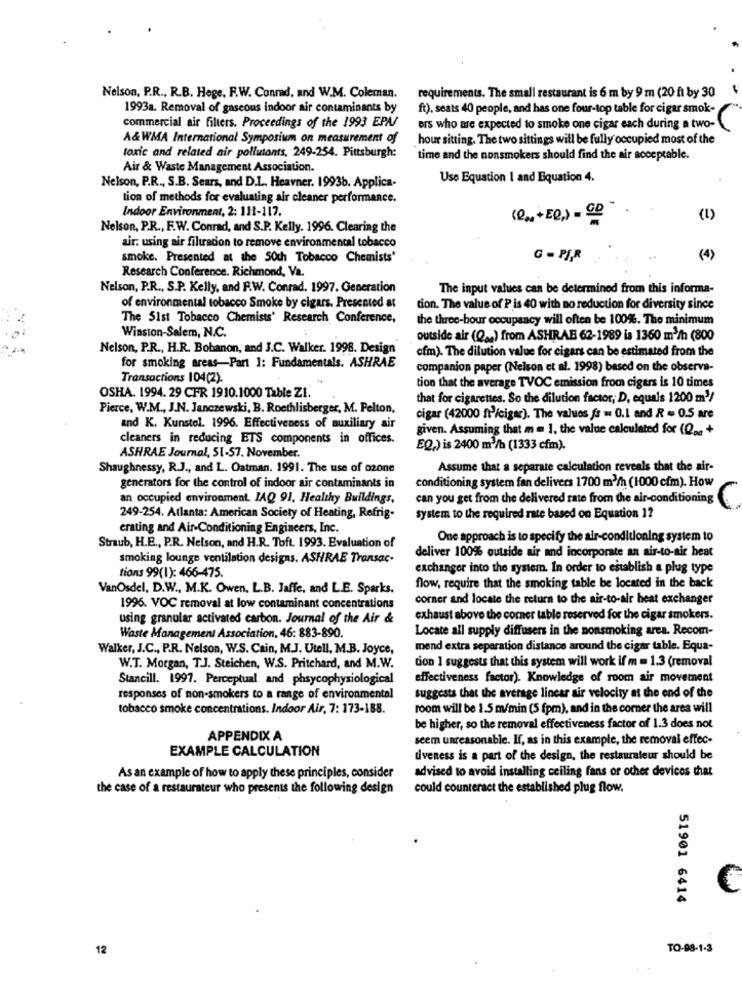
Nelson, P.R ., R.B. Hege, F.W. Conrad, and W.M. Coleman.
requirements. The small restaurant is 6 m by 9 m (20 fi by 30
1993a. Removal of gaseous indoor air contaminants by
ft), seats 40 people, and has one four-top table for cigar smok-
commercial air filters. Proceedings of the 1993 EPA/
ers who are expected to smoke one cigar each during a two-
A&WMA International Symposium on measurement of
hour sitting. The two sittings will be fully occupied most of the
toxic and related air pollutants, 249-254. Pittsburgh:
time and the nonsmokers should find the air acceptable.
Air & Waste Management Association.
Use Equation I and Equation 4.
Nelson, P.R ., S.B. Sears, and D.L .. Heavner. 19936. Applica-
tion of methods for evaluating air cleaner performance.
Indoor Environment, 2: 111-117.
(2.0 +ED,) - CD
(1)
Nelson, P.R ., F.W. Conrad, and S.P. Kelly. 1996. Clearing the
air. using air filtracion to remove environmental tobacco
smoke. Presented at the 50th Tobacco Chemists'
G - PIR
(4)
Research Conference. Richmond, Va.
Nelson, P.R ., S.P. Kelly, and F.W. Conrad, 1997. Generation
The input values can be determined from this informa-
of environmental tobacco Smoke by cigars. Presented at
tion. The value of P is 40 with no reduction for diversity since
The 51st Tobacco Chemists' Research Conference,
the three-bour occupancy will often be 100%. The minimum
Winston-Salem, N.C.
outside air (Qaa) from ASHRAE 62-1989 is 1360 m3/h (800
Nelson, P.R ., H.R. Bobanon, and J.C. Walker. 1998. Design
cfm). The dilution value for cigars can be estimated from the
for smoking areas-Part ]: Fundamentals. ASHRAE
companion paper (Nelson et al. 1998) based on the observa-
Transactions 104(2).
tion that the average TVOC emission from cigars is 10 times
OSHA. 1994. 29 CFR 1910.1000 Table ZI.
that for cigarettes. So the dilution factor, D, equals 1200 m3/
Pierce, W.M ., J.N. Janczewski, B. Roethlisberger, M. Pelton,
cigar (42000 ft/cigar). The values ffs = 0.1 and R = 0.5 are
and K. Kunstel. 1996. Effectiveness of auxiliary air
given. Assuming that m = 1, the value calculated for (Q .. +
cleaners in reducing ETS components in offices.
EQ,) is 2400 m3/h (1333 cfm).
ASHRAE Journal, 51-57. November.
Shaughnessy, R.J ., and L. Oatman. 1991. The use of ozone
Assume that a separate calculation reveals that the air-
conditioning system fan delivers 1700 m3/h (1000 cfm). How
generators for the control of indoor air contaminants in
an occupied environment. IAQ 91. Healthy Buildings,
can you get from the delivered rate from the air-conditioning
249-254. Atlanta: American Society of Heating, Refrig-
system to the required rate based on Equation 12
erating and Air-Conditioning Engineers, Inc.
One approach is to specify the air-conditioning system to
Straub, H.E ., P.R. Nelson, and H.R. Toft. 1993. Evaluation of
smoking lounge ventilation designs. ASHRAE Transac-
deliver 100% outside air and incorporate an air-to-air heat
exchanger into the system. In order to establish a plug type
tions 99(1): 466-475.
VanOsdel, D.W ., M.K. Owen. L.B. Jaffe, and L.E. Sparks.
flow, require that the smoking table be located in the back
corner and locate the return to the air-to-air heat exchanger
1996. VOC removal at low contaminant concentrations
using granular activated carbon. Journal of the Air &
exhaust above the corner table reserved for the cigar smokers.
Locate all supply diffusers in the nonsmoking area. Recom-
Waste Management Association, 46: 883-890.
Walker, J.C ., P.R. Nelson, W.S. Cain, M.J. Utell, M.B. Joyce,
mend extra separation distance around the cigar table. Equa-
W.T. Morgan, T.J. Steichen, W.S. Pritchard, and M.W.
tion I suggests that this system will work if m = 1.3 (removal
Stancill. 1997. Perceptual and phsycophysiological
effectiveness factor). Knowledge of room air movement
responses of non-smokers to a range of environmental
suggests that the average linear air velocity at the end of the
tobacco smoke concentrations. Indoor Air, 7: 173-188.
room will be 1.5 m/min (5 fpm), and in the corner the area will
be higher, so the removal effectiveness factor of 1.3 does not
APPENDIX A
seem unreasonable. If, as in this example, the removal effec-
EXAMPLE CALCULATION
tiveness is a part of the design, the restaurateur should be
advised to avoid installing ceiling fans or other devices that
As an example of how to apply these principles, consider
the case of a restaurateur who presents the following design
could counteract the established plug flow.
C
51901 6414
12
TO-98-1-3